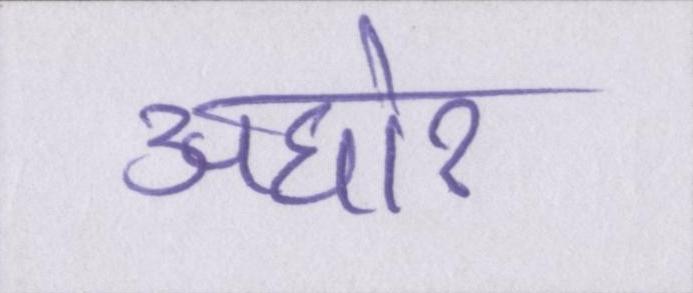
अघोर